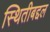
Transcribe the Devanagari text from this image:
स्थितीबद्दल